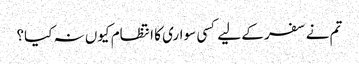
تم نے سفر کے لیے کسی سواری کا انتظام کیوں نہ کیا؟